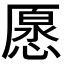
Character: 𠪰